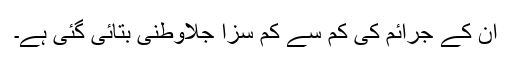
ان کے جرائم کی کم سے کم سزا جلاوطنی بتائی گئی ہے۔